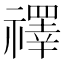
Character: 𥜃